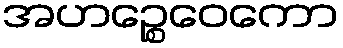
အဟဉ္စေဝေကော